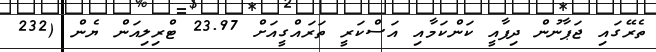
ތެރޭގައި ޖަޕާނުން ދިފާއީ ކަންކަމާއި އަސްކަރީ ތަރައްގީއަށް 23.97 ޓްރިލިއަން ޔެން (232